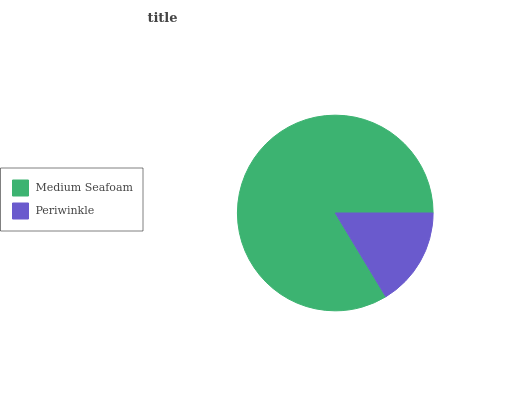
| Medium Seafoam | Periwinkle |
 | --- | --- |
 | 83.6% | 16.4% |